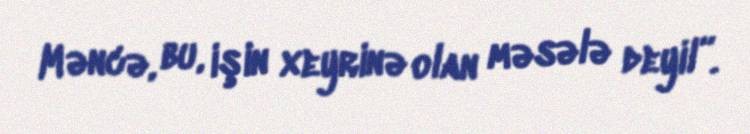
Məncə, bu, işin xeyrinə olan məsələ deyil”.